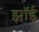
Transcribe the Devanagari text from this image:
झॉई